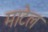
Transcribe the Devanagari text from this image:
माटेल